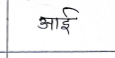
मजकूर: आई